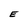
Character: E